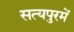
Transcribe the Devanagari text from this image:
सत्यपुरमें